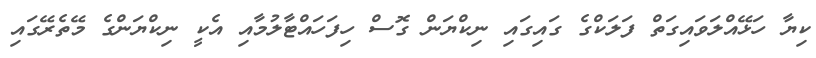
ކިޔާ ހަޅޭއްލަވައިގަތް ފަލަކްގެ ގައިގައި ނިކްޔަން ގޮސް ހިފަހައްޓާލުމާއި އެކީ ނިކްޔަންގެ މޭތެރޭގައި